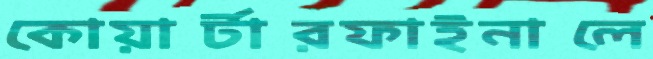
কোয়ার্টারফাইনালে